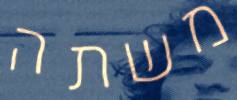
משתה